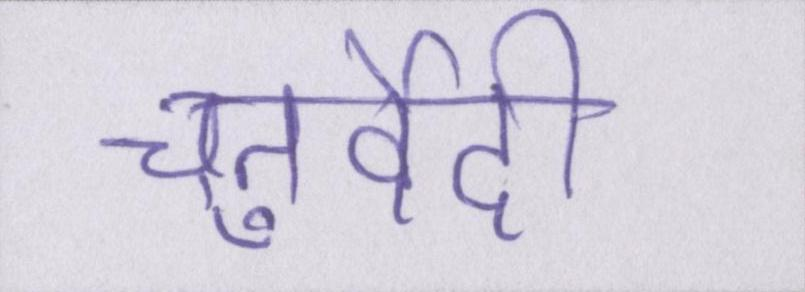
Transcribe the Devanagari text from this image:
चतुर्वेदी